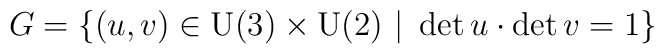
G =\{(u,v)\in \mbox{U(3)}\times\mbox{U(2)}\ |\ \det u\cdot\det v=1\}